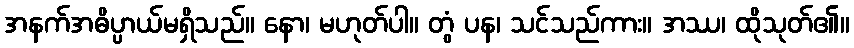
အနက်အဓိပ္ပာယ်မရှိသည်။ နော၊ မဟုတ်ပါ။ တွံ ပန၊ သင်သည်ကား။ အဿ၊ ထိုသုတ်၏။